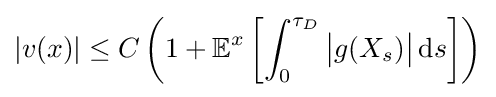
|v(x)|\leq C\left(1+\mathbb {E} ^{x}\left[\int _{0}^{\tau _{D}}{\big |}g(X_{s}){\big |}\,\mathrm {d} s\right]\right)